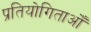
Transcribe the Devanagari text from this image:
प्रतियोगिताओँ